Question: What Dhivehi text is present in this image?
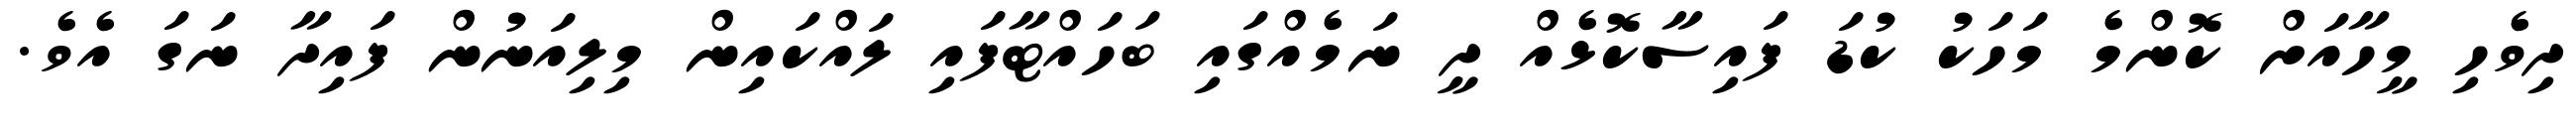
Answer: ދިވެހި މީހާއަށް ކޮންމެ މަހަކު ކުޑަ ފައިސާކޮޅެއް ދީ ނަމެއްގައި ބަހައްޓާފައި ލައްކައިން މިލިއަނުން ފައިދާ ނަގަ އެވެ.